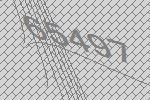
65497